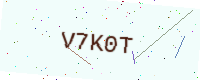
Text: V7K0T